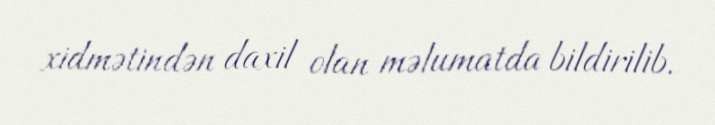
xidmətindən daxil olan məlumatda bildirilib.